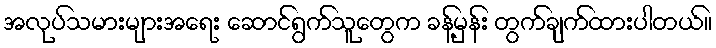
အလုပ်သမားများအရေး ဆောင်ရွက်သူတွေက ခန့်မှန်း တွက်ချက်ထားပါတယ်။